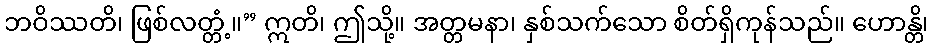
ဘဝိဿတိ၊ ဖြစ်လတ္တံ့။” ဣတိ၊ ဤသို့။ အတ္တမနာ၊ နှစ်သက်သော စိတ်ရှိကုန်သည်။ ဟောန္တိ၊